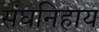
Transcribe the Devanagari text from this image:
संघनिहाय